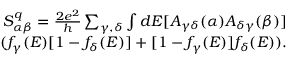
\begin{array} { r } { S _ { \alpha \beta } ^ { q } = \frac { 2 e ^ { 2 } } { h } \sum _ { \gamma , \delta } \int d E [ A _ { \gamma \delta } ( \alpha ) A _ { \delta \gamma } ( \beta ) ] } \\ { ( f _ { \gamma } ( E ) [ 1 - f _ { \delta } ( E ) ] + [ 1 - f _ { \gamma } ( E ) ] f _ { \delta } ( E ) ) . } \end{array}